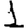
Digit: 1